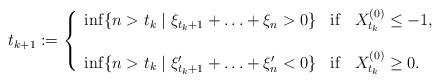
LaTeX: \begin{align*}t_{k+1}:=\left\{\begin{array}{lll}\inf\{n>t_k \mid \xi_{t_k+1}+\ldots+\xi_n>0\}& {\rm if} & X_{t_k}^{(0)}\leq -1, \\ \\\inf\{n>t_k \mid \xi_{t_k+1}'+\ldots+\xi_n'<0\}&{\rm if} & X_{t_k}^{(0)} \geq 0. \end{array}\right.\end{align*}